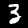
Label: 3